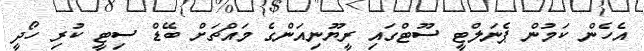
އެހެން ކަމުން ޕެނަލްޓީ ސޫޓްގައި ރީޔޫނިއަންގެ މައްޗަށް ބޭޑް ސިޓީ ކުރި ހޯދީ